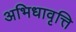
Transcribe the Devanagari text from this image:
अभिधावृत्ति